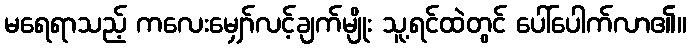
မရေရာသည့် ကလေးမျှော်လင့်ချက်မျိုး သူ့ရင်ထဲတွင် ပေါ်ပေါက်လာ၏။